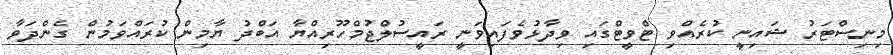
މިނިސްޓަރު ޝައިނީ ކުރެއްވި ޓްވީޓްގައި ވިދާޅުވެފައިވަނީ ރައީސުލްޖުމްހޫރިއްޔާ އަބްދު ޔާމިން ކުރައްވަމުން ގެންދަވާ